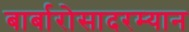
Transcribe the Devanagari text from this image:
बार्बारोसादरम्यान